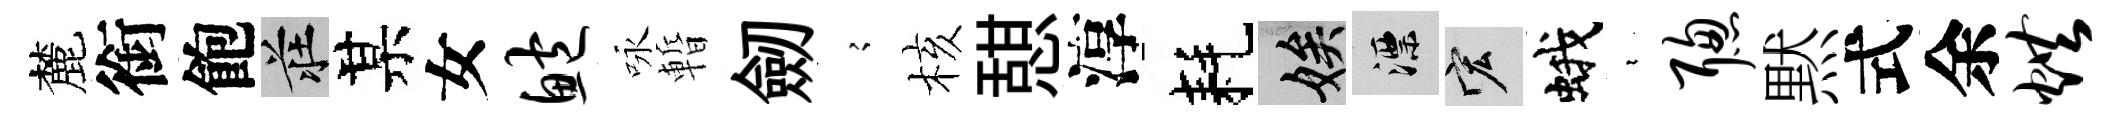
麓銜飽莊某女鲍咏暫劒𡪹核憇淳耗娭漂宏蛾裊聪黙式余烘